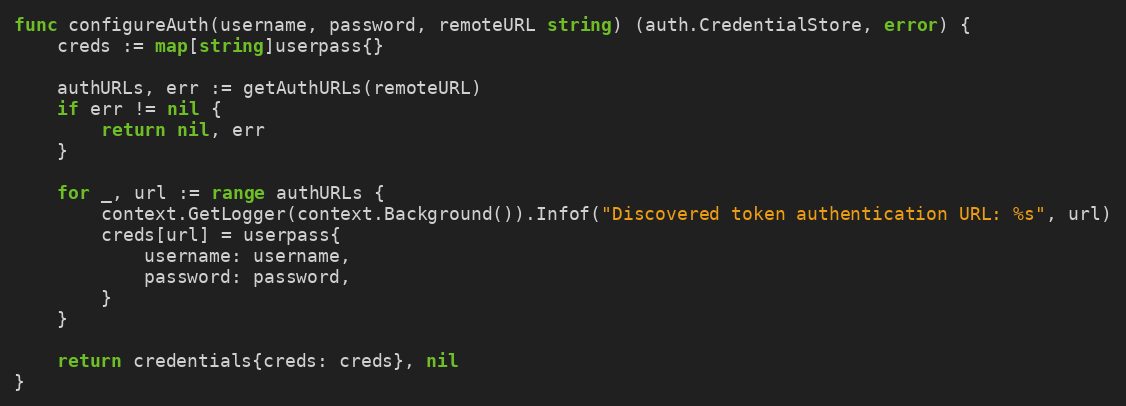
Language: Go
func configureAuth(username, password, remoteURL string) (auth.CredentialStore, error) {
	creds := map[string]userpass{}

	authURLs, err := getAuthURLs(remoteURL)
	if err != nil {
		return nil, err
	}

	for _, url := range authURLs {
		context.GetLogger(context.Background()).Infof("Discovered token authentication URL: %s", url)
		creds[url] = userpass{
			username: username,
			password: password,
		}
	}

	return credentials{creds: creds}, nil
}